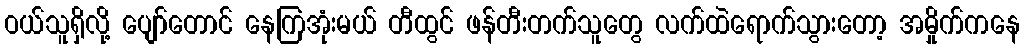
ဝယ်သူရှိလို့ ပျော်တောင် နေကြအုံးမယ် တီထွင် ဖန်တီးတက်သူတွေ လက်ထဲရောက်သွားတော့ အမှိုက်ကနေ